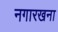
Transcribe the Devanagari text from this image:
नगारखना